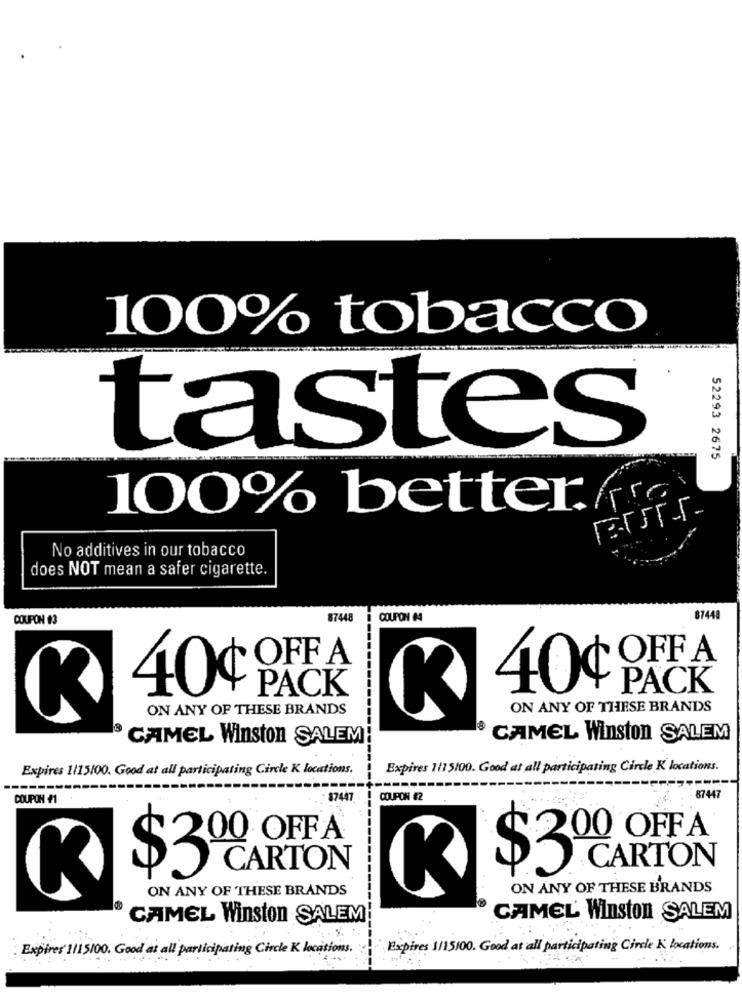
100% tobacco
tastes
52293 2675
100% better. fra
No additives in our tobacco
does NOT mean a safer cigarette.
COUPON #3
17448
COUPON #4
87448
OFF A
40¢ OFF A
40¢
PACK
PACK
--------
ON ANY OF THESE BRANDS
ON ANY OF THESE BRANDS
CAMEL Winston SALEM
CAMEL Winston SALEM
Expires 1/15100. Good at all participating Circle K locations.
Expires 1/15100. Good at all participating Circle K locations.
COUPON #1
- 87447
COUPON #2
87447
00 OFF A
00 OFFA
---
$3
CARTON
---
CARTON
$3
ON ANY OF THESE BRANDS
ON ANY OF THESE BRANDS
K
CAMEL Winston SALEM
CAMEL Winston SALEM
Expires 1115100. Good at all participating Circle K locations.
Expires 1/15100. Good at all participating Circle K locations.